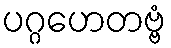
ပဂ္ဂဟေတဗ္ဗံ